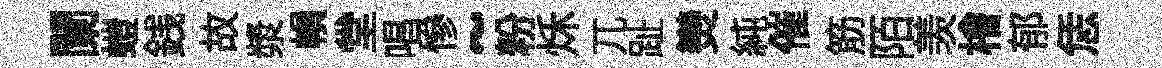
闌螘銭故漿𢄙堂唱慘~粉秌兀趾𤓖純催筋陌羡檜郁恁